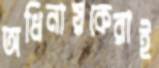
অধিনায়কেরাই